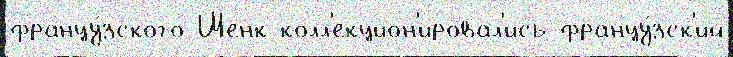
францу́зского Шенк колл'екцион'ировал'ись францу́зск'ий